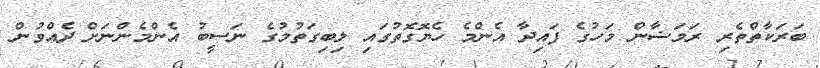
ބަރަކާތްތެރި ރަމަޟާން މަހުގެ ފައިދާ އެންމެ ހެޔޮގޮތުގައި ލިބިގަތުމުގެ ނަސީބު އެންމެންނަށް ދެއްވުން